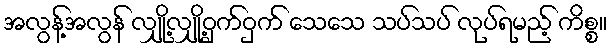
အလွန့်အလွန် လျှို့လျှို့ဝှက်ဝှက် သေသေ သပ်သပ် လုပ်ရမည့် ကိစ္စ။